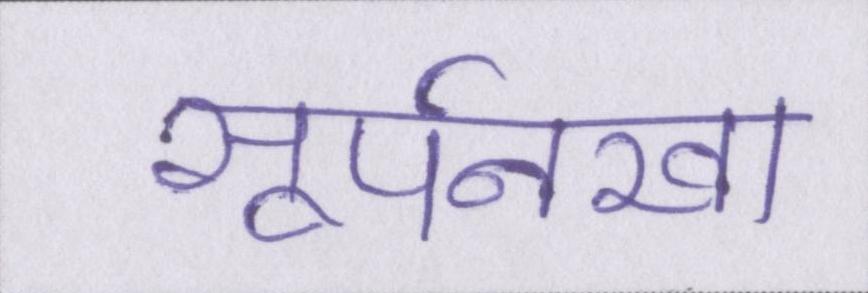
सूर्पनखा